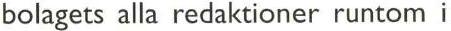
bolagets alla redaktioner runtom i